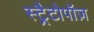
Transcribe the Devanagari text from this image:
स्ट्रैटोपॉज़